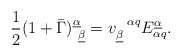
\begin{align*}{1\over 2}(1+\bar\Gamma)^{\underline\alpha}_{~\underline\beta}=v_{\underline\beta}^{~~\alpha q}E_{\alpha q}^{\underline\alpha}.\end{align*}